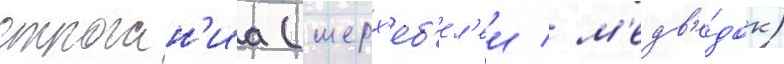
строган'иа (шерх'еб'ел'еи / м'едв'е́док)